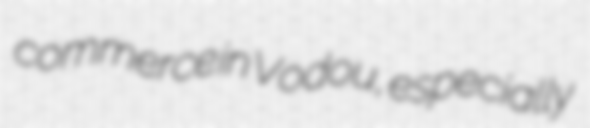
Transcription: commerce in Vodou, especially